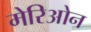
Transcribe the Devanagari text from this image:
मेरिओन